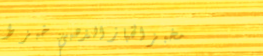
مخبز الخباز الذهبي: خبز ط